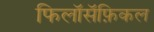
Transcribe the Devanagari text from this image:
फिलॉसॅफ़िकल